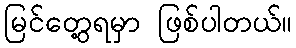
မြင်တွေ့ရမှာ ဖြစ်ပါတယ်။